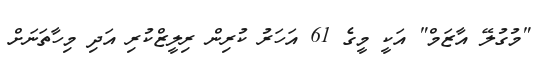
"މުގުލޭ އާޒަމް" އަކީ މީގެ 61 އަހަރު ކުރިން ރިލީޒްކުރި އަދި މިހާތަނަށް